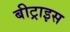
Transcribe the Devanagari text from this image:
बीट्राइस